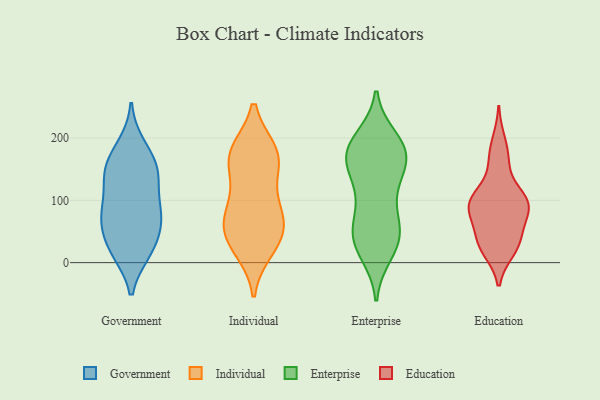
{"axis": {"x": "Gross Profit (USD K)", "y": "Value"}, "legend": ["Education", "Enterprise", "Government", "Individual"], "data": [{"x": "", "y": 86, "type": "Government"}, {"x": "", "y": 60, "type": "Government"}, {"x": "", "y": 17, "type": "Government"}, {"x": "", "y": 17, "type": "Government"}, {"x": "", "y": 63, "type": "Government"}, {"x": "", "y": 86, "type": "Government"}, {"x": "", "y": 151, "type": "Government"}, {"x": "", "y": 188, "type": "Government"}, {"x": "", "y": 178, "type": "Government"}, {"x": "", "y": 149, "type": "Government"}, {"x": "", "y": 132, "type": "Government"}, {"x": "", "y": 36, "type": "Government"}, {"x": "", "y": 18, "type": "Government"}, {"x": "", "y": 140, "type": "Government"}, {"x": "", "y": 76, "type": "Government"}, {"x": "", "y": 84, "type": "Government"}, {"x": "", "y": 143, "type": "Government"}, {"x": "", "y": 178, "type": "Individual"}, {"x": "", "y": 70, "type": "Individual"}, {"x": "", "y": 43, "type": "Individual"}, {"x": "", "y": 176, "type": "Individual"}, {"x": "", "y": 83, "type": "Individual"}, {"x": "", "y": 22, "type": "Individual"}, {"x": "", "y": 31, "type": "Individual"}, {"x": "", "y": 156, "type": "Individual"}, {"x": "", "y": 178, "type": "Individual"}, {"x": "", "y": 164, "type": "Individual"}, {"x": "", "y": 50, "type": "Individual"}, {"x": "", "y": 110, "type": "Individual"}, {"x": "", "y": 74, "type": "Individual"}, {"x": "", "y": 173, "type": "Enterprise"}, {"x": "", "y": 174, "type": "Enterprise"}, {"x": "", "y": 54, "type": "Enterprise"}, {"x": "", "y": 39, "type": "Enterprise"}, {"x": "", "y": 173, "type": "Enterprise"}, {"x": "", "y": 85, "type": "Enterprise"}, {"x": "", "y": 124, "type": "Enterprise"}, {"x": "", "y": 140, "type": "Enterprise"}, {"x": "", "y": 124, "type": "Enterprise"}, {"x": "", "y": 31, "type": "Enterprise"}, {"x": "", "y": 28, "type": "Enterprise"}, {"x": "", "y": 170, "type": "Enterprise"}, {"x": "", "y": 177, "type": "Enterprise"}, {"x": "", "y": 50, "type": "Enterprise"}, {"x": "", "y": 16, "type": "Enterprise"}, {"x": "", "y": 192, "type": "Enterprise"}, {"x": "", "y": 62, "type": "Enterprise"}, {"x": "", "y": 178, "type": "Enterprise"}, {"x": "", "y": 198, "type": "Enterprise"}, {"x": "", "y": 105, "type": "Education"}, {"x": "", "y": 97, "type": "Education"}, {"x": "", "y": 97, "type": "Education"}, {"x": "", "y": 195, "type": "Education"}, {"x": "", "y": 61, "type": "Education"}, {"x": "", "y": 158, "type": "Education"}, {"x": "", "y": 83, "type": "Education"}, {"x": "", "y": 27, "type": "Education"}, {"x": "", "y": 168, "type": "Education"}, {"x": "", "y": 37, "type": "Education"}, {"x": "", "y": 102, "type": "Education"}, {"x": "", "y": 20, "type": "Education"}, {"x": "", "y": 93, "type": "Education"}, {"x": "", "y": 40, "type": "Education"}, {"x": "", "y": 23, "type": "Education"}, {"x": "", "y": 81, "type": "Education"}, {"x": "", "y": 100, "type": "Education"}]}